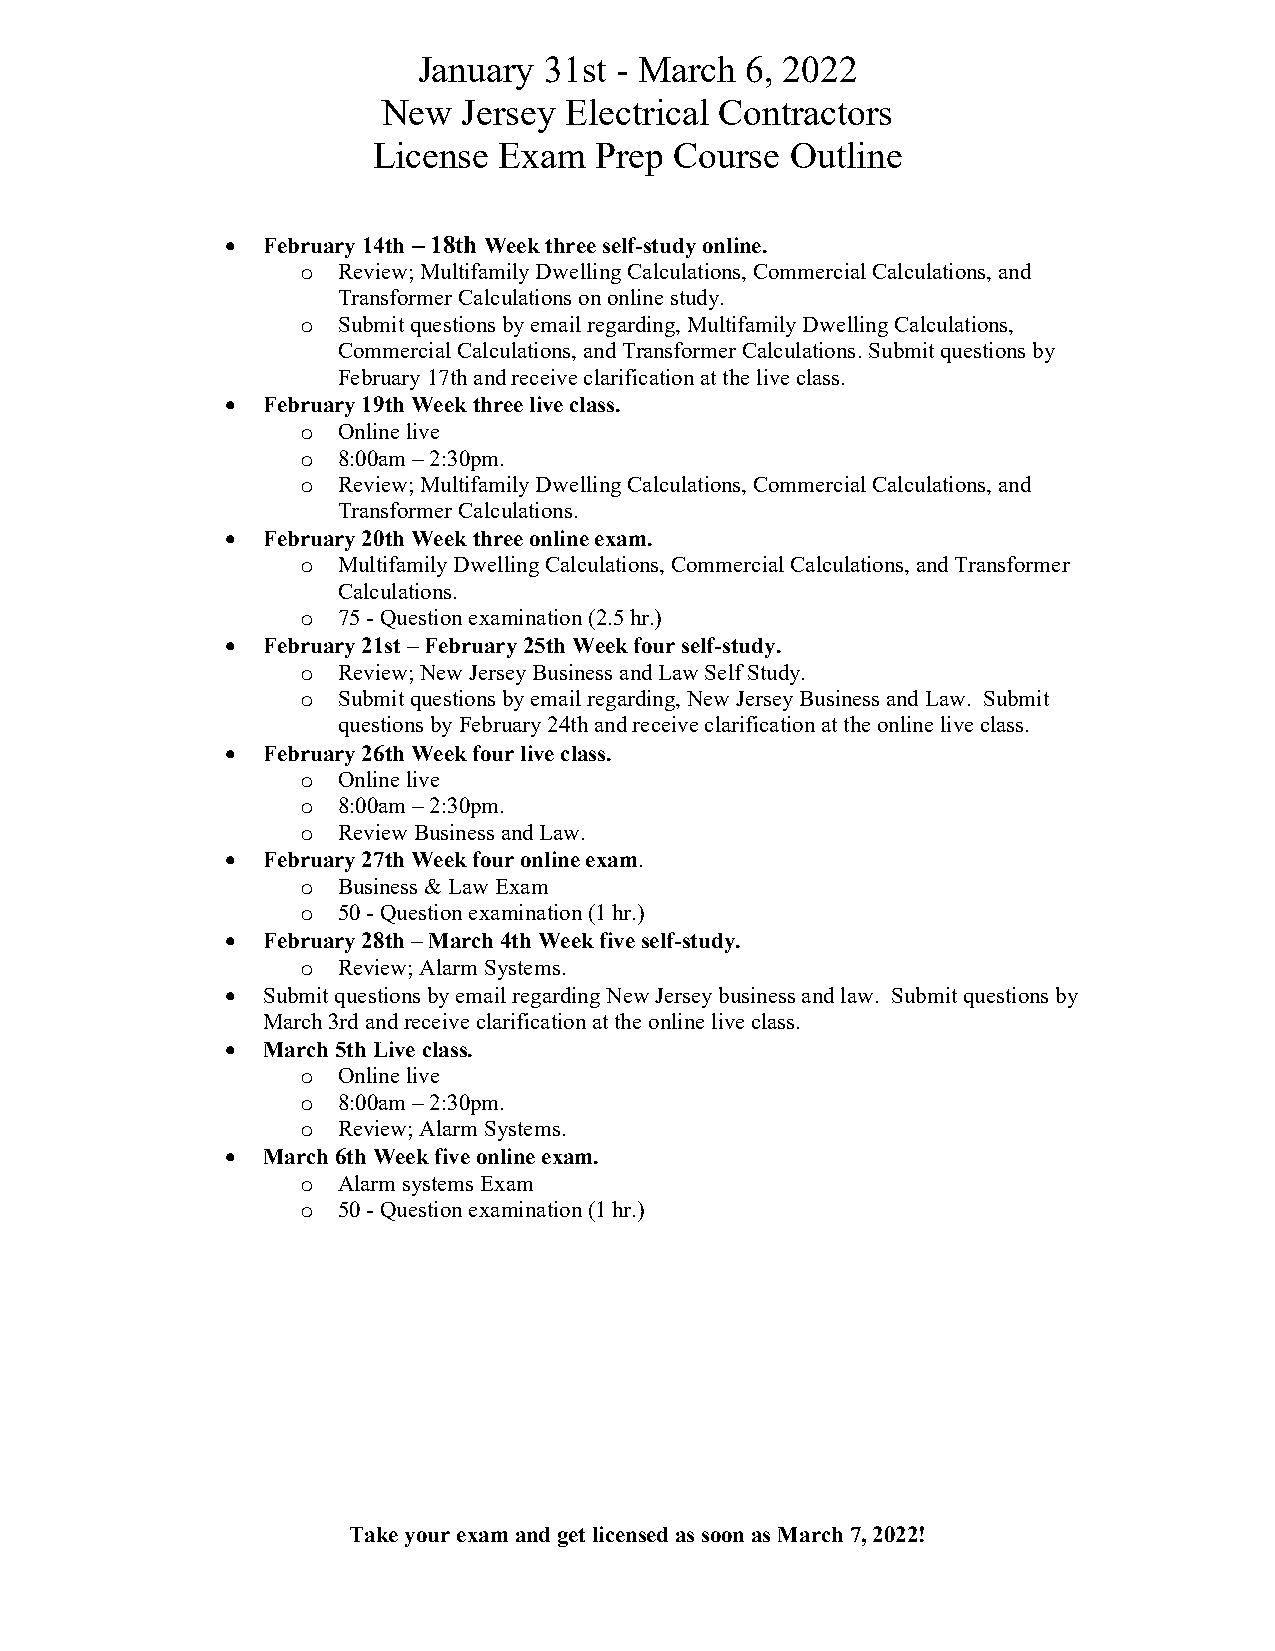
January 31st - March 6, 2022
 New   Jersey Electrical Contractors
 License Exam  Prep  Course Outline
 • February 14th – 18th Week three self-study online.
 o Review; Multifamily Dwelling Calculations, Commercial Calculations, and
 Transformer Calculations on online study.
 o Submit questions by email regarding, Multifamily Dwelling Calculations,
 Commercial Calculations, and Transformer Calculations. Submit questions by
 February 17th and receive clarification at the live class.
 • February 19th Week three live class.
 o Online live
 o 8:00am – 2:30pm.
 o Review; Multifamily Dwelling Calculations, Commercial Calculations, and
 Transformer Calculations.
 • February 20th Week three online exam.
 o Multifamily Dwelling Calculations, Commercial Calculations, and Transformer
 Calculations.
 o 75 - Question examination (2.5 hr.)
 • February 21st – February 25th Week four self-study.
 o Review; New Jersey Business and Law Self Study.
 o Submit questions by email regarding, New Jersey Business and Law. Submit
 questions by February 24th and receive clarification at the online live class.
 • February 26th Week four live class.
 o Online live
 o 8:00am – 2:30pm.
 o Review Business and Law.
 • February 27th Week four online exam.
 o Business & Law Exam
 o 50 - Question examination (1 hr.)
 • February 28th – March 4th Week five self-study.
 o Review; Alarm Systems.
 • Submit questions by email regarding New Jersey business and law. Submit questions by
 March 3rd and receive clarification at the online live class.
 • March 5th Live class.
 o Online live
 o 8:00am – 2:30pm.
 o Review; Alarm Systems.
 • March 6th Week five online exam.
 o Alarm systems Exam
 o 50 - Question examination (1 hr.)
 Take your exam and get licensed as soon as March 7, 2022!